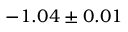
- 1 . 0 4 \pm 0 . 0 1